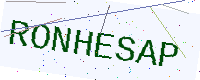
Text: RONHESAP